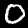
Label: 0